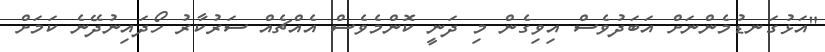
"އަޅުގަނޑުމެންނަށް އަބަދުވެސް އިވިގެން މި ދަނީ ކޮންމެވެސް އެއްޗެއް ސަރުކާރު ހޯދައިނުދޭނެ ކަމަށް